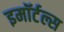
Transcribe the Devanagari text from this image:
इमॉर्टल्स